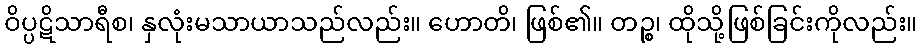
ဝိပ္ပဋိသာရီစ၊ နှလုံးမသာယာသည်လည်း။ ဟောတိ၊ ဖြစ်၏။ တဉ္စ၊ ထိုသို့ဖြစ်ခြင်းကိုလည်း။